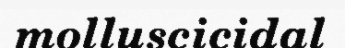
molluscicidal